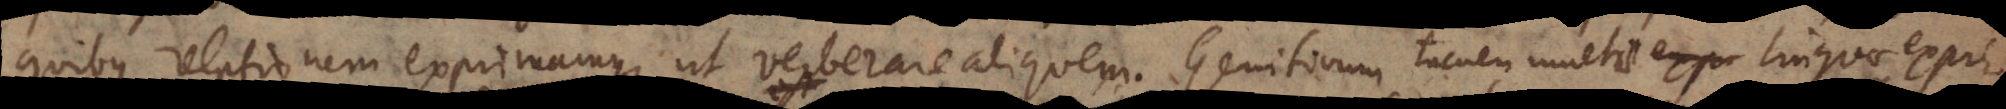
quibus relationem exprimamus, ut verberare aliquem. Genitivum tamen multae linguae expri